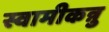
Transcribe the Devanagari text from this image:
स्वामीकन्नु